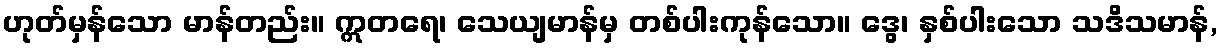
ဟုတ်မှန်သော မာန်တည်း။ ဣတရေ၊ သေယျမာန်မှ တစ်ပါးကုန်သော။ ဒွေ၊ နှစ်ပါးသော သဒိသမာန်,